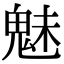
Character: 魅